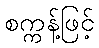
စက္ကန့်ဖြင့်